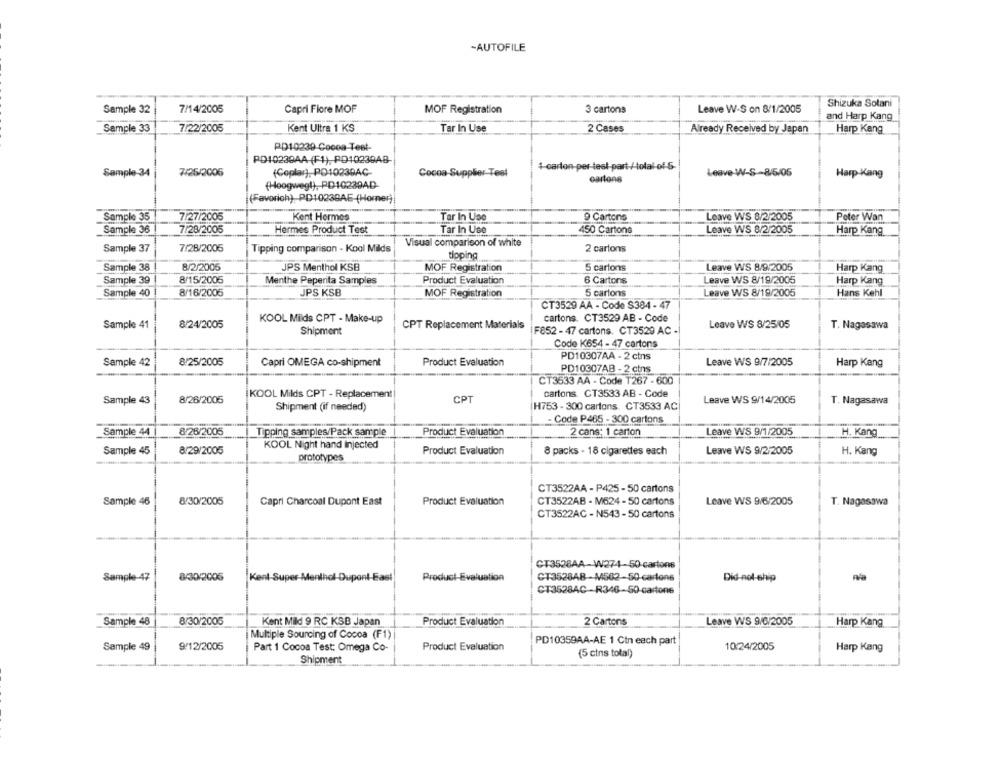
-AUTOFILE
Shizuka Solani
Sample 32
7/14/2005
Capri Fiore MOF
MOF Registration
3 cartons
Leave W-S on 8/1/2005
and Harp Kang
Sample 33
7/22/2005
Kent Ultra 1 KS
Tar In Use
2 Cases
Already Received by Japan
Harp Kang
PD10239-Cocoa Test-
PD10239AA (F1), PD10239AB-
1 carton per teel part / total-of S-
Sample-34
7/25/2005
(Coplay), PO10239AC-
Cocoa-Supplier -Test
Leave W-S -- 8/5/05
Harp-Kang
(Hoogwegl), PD10239AD-
(Favorich) PD1023BAE-(Horner)
Sample 35
7/27/2005
Kent Hermes
Tar In Use
9 Cartons
Leave WS 8/2/2005
Peter Wan
Sample 36
7/28/2005
Tar In Use
Leave WS 8/2/2005
Hermes Product Test
450 Cartons
Harp Kang
Visual comparison of white
Sample 37
7/28/2005
Tipping comparison - Kool Milds
2 cartons
tipping
Sample 38
8/2/2005
JPS Menthol KSB
MOF Registration
5 cartons
Leave WS 8/9/2005
Harp Kang
Sample 39
8/15/2005
Menthe Peperita Samples
Product Evaluation
6 Cartons
Leave WS 8/19/2005
Harp Kang
Sample 40
8/16/2005
JPS KSB
MOF Registration
5 cartons
Leave WS 8/19/2005
Hans Kehl
CT3529 AA - Code $384 - 47
KOOL Milds CPT - Make-up
cartons. CT3529 AB - Code
Sample 41
8/24/2005
CPT Replacement Materials
Leave WS 8/25/05
T. Nagasawa
Shipment
F852 - 47 cartons. CT3529 AC -
Code K654 - 47 cartons
PD10307AA - 2 ctns
Sample 42
8/25/2005
Capri OMEGA co-shipment
Product Evaluation
Leave WS 9/7/2005
Harp Kang
PD10307AB - 2 ctns
CT3533 AA - Code 1267 - 600
KOOL Milds CPT - Replacement
cartons CT3533 AB - Code
Sample 43
8/26/2005
CPT
Leave WS 9/14/2005
T. Nagasawa
Shipment (if needed)
H753 - 300 cartons. CT3533 AC
- Code P465 - 300 cartons
Sample 44
8/26/2005
Tipping samples/Pack sample
Product Evaluation
2 cans: 1 carton
Leave WS 9/1/2005
H. Kang
Sample 45
8/29/2005
KOOL Night hand injected
Product Evaluation
Leave WS 9/2/2005
8 packs - 18 cigarettes each
H. Kang
prototypes
CT3522AA - P425 - 50 cartons
Sample 46
8/30/2005
Capri Charcoal Dupont East
Product Evaluation
CT3522AB - M624 -50 cartons
Leave WS 9/6/2005
T. Nagasawa
CT3522AC - N543 - 50 cartons
CT3528AA W274-50-cartons
Sample-47
8/30/2006
Kent-Super-Men
Ihol-Dupont-East
Product-Evaluation
CT3528AB-44562-50-cartons
Did-nol-chip
CT3528AC -R346-50-cartone
Sample 48
8/30/2005
Kent Mild 9 RC KSB Japan
Product Evaluation
2 Cartons
Leave WS 9/6/2005
Harp Kang
Multiple Sourcing of Cocoa (F1)
PD10359AA-AE 1 Cin each part
Sample 49
9/12/2005
Part 1 Cocoa Test: Omega Co-
Product Evaluation
10:24/2005
Harp Kang
(5 cins total)
Shipment